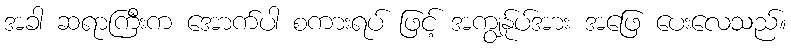
အခါ ဆရာကြီးက အောက်ပါ စကားရပ် ဖြင့် အကျွန်ုပ်အား အဖြေ ပေးလေသည်။